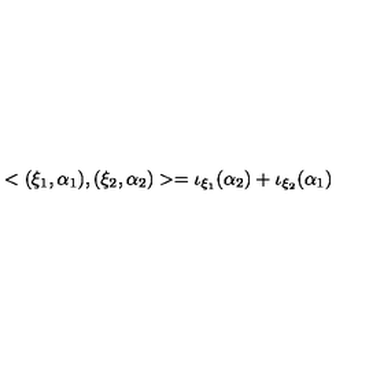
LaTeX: < ( \xi _ { 1 } , \alpha _ { 1 } ) , ( \xi _ { 2 } , \alpha _ { 2 } ) > = \iota _ { \xi _ { 1 } } ( \alpha _ { 2 } ) + \iota _ { \xi _ { 2 } } ( \alpha _ { 1 } )